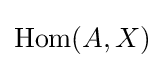
\mathrm {Hom} (A,X)